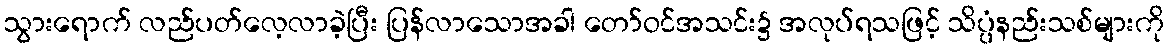
သွားရောက် လည်ပတ်လေ့လာခဲ့ပြီး ပြန်လာသောအခါ တော်ဝင်အသင်း၌ အလုပ်ရသဖြင့် သိပ္ပံနည်းသစ်များကို